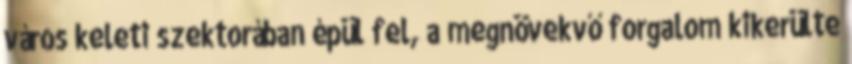
város keleti szektorában épül fel, a megnövekvő forgalom kikerülte